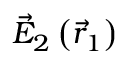
\vec { E } _ { 2 } \left( \vec { r } _ { 1 } \right)